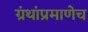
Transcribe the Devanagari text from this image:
ग्रंथांप्रमाणेच